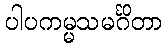
ပါပကမ္မသမင်္ဂိတာ